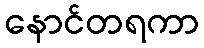
နောင်တရကာ